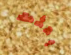
بعثت